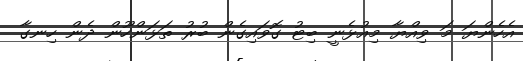
އެހެންޔަ މަ ވިއްޔާ މިއުޅެނީ ބިޓު ގޮވައިގެން ބުރު ތަޅަންހޫން ދެން ހިނގާ